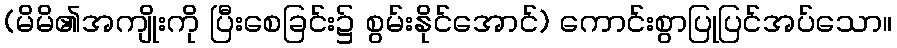
(မိမိ၏အကျိုးကို ပြီးစေခြင်း၌ စွမ်းနိုင်အောင်) ကောင်းစွာပြုပြင်အပ်သော။